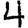
Digit: 4